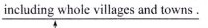
\underline{includingwhole villages and towns}。